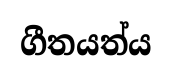
ගීතයත්ය